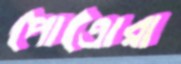
পোত্রোরা